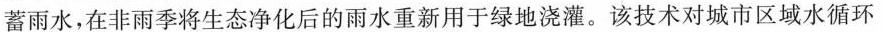
蓄雨水，在非雨季将生态净化后的雨水重新用于绿地浇灌。该技术对城市区域水循环